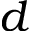
d